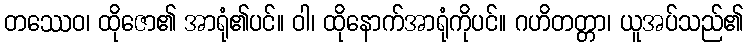
တဿေဝ၊ ထိုဇော၏ အာရုံ၏ပင်။ ဝါ၊ ထိုနောက်အာရုံကိုပင်။ ဂဟိတတ္တာ၊ ယူအပ်သည်၏